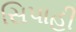
સિપાહી